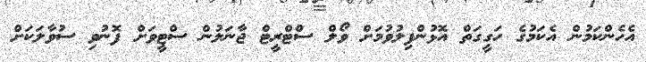
އެހެންކަމުން އެކަމުގެ ހަގީގަތް އޮޅުންފިލުވުމަށް ވޯލް ސްޓްރީޓް ޖާނަލުން ސްޓީވަށް ފޮނުވި ސުވާލަކަށް